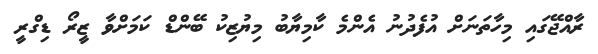
ރާއްޖޭގައި މިހާތަނަށް އުފެދުނު އެންމެ ކާމިޔާބު މިޔުޒިކު ބޭންޑް ކަމަށްވާ ޒީރޯ ޑިގްރީ